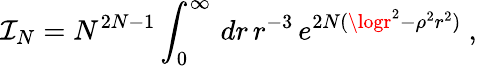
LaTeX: \mathcal{I}_{N}=N^{2N-1}\int_{0}^{\infty}\, dr\, r^{-3}\, e^{2N(\logr^{2}-\rho^{2}r^{2})}\ ,